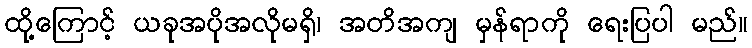
ထို့ကြောင့် ယခုအပိုအလိုမရှိ၊ အတိအကျ မှန်ရာကို ရေးပြပါ မည်။